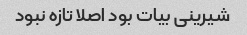
شیرینی بیات بود اصلا تازه نبود